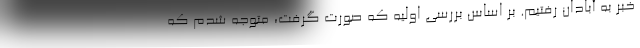
خبر به آبادان رفتیم. بر اساس بررسی اولیه که صورت گرفت، متوجه شدم که